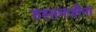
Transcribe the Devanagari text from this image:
रुस्तमजीना